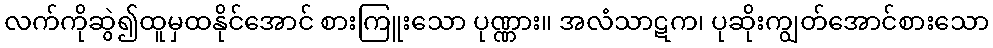
လက်ကိုဆွဲ၍ထူမှထနိုင်အောင် စားကြူးသော ပုဏ္ဏား။ အလံသာဋက၊ ပုဆိုးကျွတ်အောင်စားသော